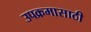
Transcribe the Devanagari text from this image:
उपक्रमासाठी